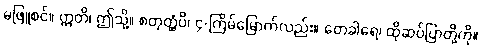
မဖြူစင်။ ဣတိ၊ ဤသို့။ စတုတ္ထံပိ၊ ၄-ကြိမ်မြောက်လည်း။ တေခါရေ၊ ထိုဆပ်ပြာတို့ကို။